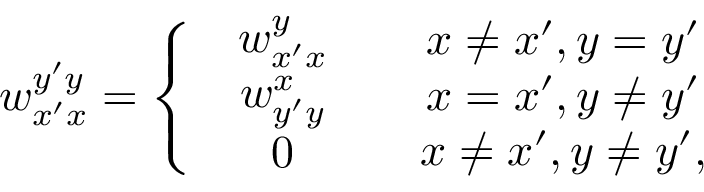
w _ { x ^ { \prime } x } ^ { y ^ { \prime } y } = \left\{ \begin{array} { l l } { \begin{array} { c } { w _ { x ^ { \prime } x } ^ { y } } \\ { w _ { y ^ { \prime } y } ^ { x } } \\ { 0 } \end{array} } & { \begin{array} { c } { x \neq x ^ { \prime } , y = y ^ { \prime } } \\ { x = x ^ { \prime } , y \neq y ^ { \prime } } \\ { x \neq x ^ { \prime } , y \neq y ^ { \prime } , } \end{array} } \end{array} \right.